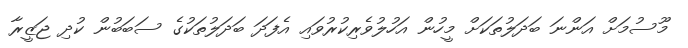
މޫސުމަށް އަންނަ ބަދަލުތަކަށް މީހުން އަހުލުވެރިކުރުވައި އެފަދަ ބަދަލުތަކުގެ ސަބަބުން ކުދި ޖަޒީރާ